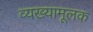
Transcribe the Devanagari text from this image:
व्यख्यामूलक